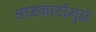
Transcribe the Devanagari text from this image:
आडकाठीमुळे